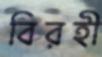
বিরহী